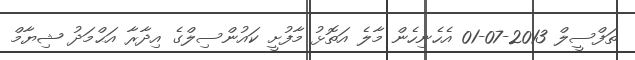
ތަފްސީލް 2013-07-01 އެހެނިހެން މާލެ އަތޮޅު މާފުށީ ކައުންސިލްގެ އިދާރާ އަޙްމަދު ޝިޔާމް